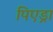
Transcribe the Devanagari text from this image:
पिएड्रा